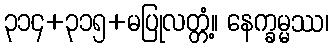
၃၁၄+၃၁၅+မပြုလတ္တံ့။ နေက္ခမ္မဿ၊